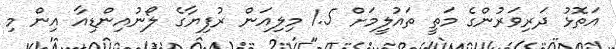
އަތޮޅު ދަރިވަރުންގެ މަތީ ތައުލީމަށް 1.5 މިލިއަން ރުފިޔާގެ ލޯނުއިންޑިއާ އިން މި